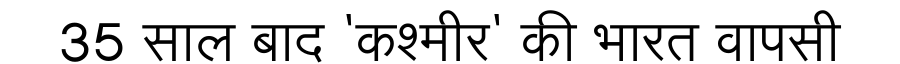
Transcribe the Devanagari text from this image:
35 साल बाद 'कश्मीर' की भारत वापसी